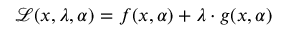
{ \mathcal { L } } ( x , \lambda , \alpha ) = f ( x , \alpha ) + \lambda \cdot g ( x , \alpha )